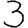
Digit: 3